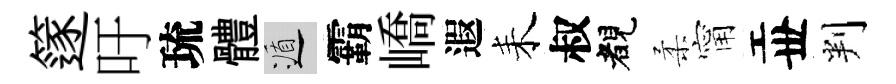
篴吁琉體遁霸嶠遐耒叔睹柔甯丗判